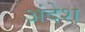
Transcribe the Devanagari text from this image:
अंदेश